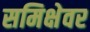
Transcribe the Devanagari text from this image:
समिक्षेवर